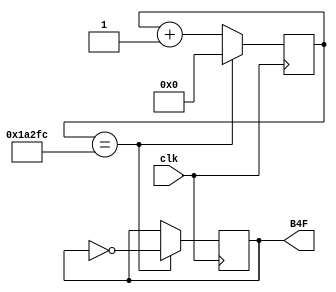
module B4F(clk, B4F);
	 input clk;
	 output reg B4F;
	 
	 reg [17:0] count;
	 initial B4F = 1'b0;
	 
	 always@ (posedge clk)
	 begin
		count <= count + 1'b1;
		
		if (count == 107260)
		begin
			B4F <= !B4F;
			count <= 0;
		end
	 end

endmodule